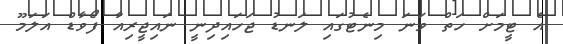
އެ ޓީމަށް ހަތް ވަނަ މިނެޓުގައި ލަނޑު ޖަހައިދިނީ ނައިޖީރިއާ ފޯވާޑް އަލަމޫ